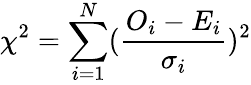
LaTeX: \chi^{2}=\sum_{i=1}^{N}(\frac{O_{i}-E_{i}}{\sigma_{i}})^{2}